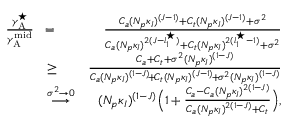
\begin{array} { r l r } { \frac { { \gamma } _ { \mathrm { A } } ^ { \star } } { { \gamma } _ { \mathrm { A } } ^ { \mathrm { m i d } } } } & { \! = \! } & { \frac { C _ { a } ( N _ { p } \kappa _ { I } ) ^ { ( J - 1 ) } + C _ { t } ( N _ { p } \kappa _ { I } ) ^ { ( J - 1 ) } + \sigma ^ { 2 } } { C _ { a } ( N _ { p } \kappa _ { I } ) ^ { 2 ( J - l _ { 1 } ^ { \star } ) } + C _ { t } ( N _ { p } \kappa _ { I } ) ^ { 2 ( l _ { 1 } ^ { \star } - 1 ) } + \sigma ^ { 2 } } } \\ & { { \geq } \! } & { \frac { C _ { a } + C _ { t } + \sigma ^ { 2 } ( N _ { p } \kappa _ { I } ) ^ { ( 1 - J ) } } { C _ { a } ( N _ { p } \kappa _ { I } ) ^ { ( 1 - J ) } \! + \! C _ { t } ( N _ { p } \kappa _ { I } ) ^ { ( J - 1 ) } \! + \! \sigma ^ { 2 } ( N _ { p } \kappa _ { I } ) ^ { ( 1 - J ) } } } \\ & { \overset { \sigma ^ { 2 } \rightarrow 0 } { \longrightarrow } } & { ( N _ { p } \kappa _ { I } ) ^ { ( 1 - J ) } \Big ( 1 + \frac { C _ { a } - C _ { a } ( N _ { p } \kappa _ { I } ) ^ { 2 ( 1 - J ) } } { C _ { a } ( N _ { p } \kappa _ { I } ) ^ { 2 ( 1 - J ) } + C _ { t } } \Big ) , } \end{array}